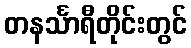
တနင်္သာရီတိုင်းတွင်